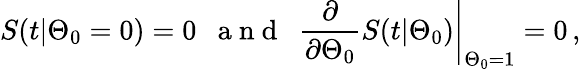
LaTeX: S(t|\Theta_{0}=0)=0\, \, \, \mathrm{~a~n~d~}\, \, \, \left.\frac{\partial}{\partial\Theta_{0}}S(t|\Theta_{0})\right|_{\Theta_{0}=1}=0\, ,